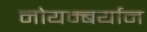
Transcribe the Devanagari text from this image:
नोयम्बर्यान